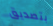
بتصديق